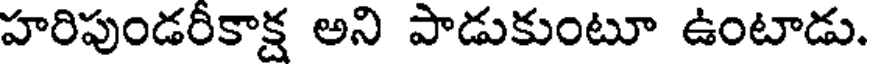
హరిపుండరీకాక్ష అని పాడుకుంటూ ఉంటాడు.